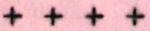
+ + + +